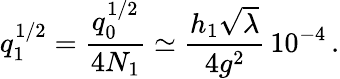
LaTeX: q_{1}^{1/2}={\frac{q_{0}^{1/2}}{4N_{1}}}\simeq{\frac{h_{1}\sqrt\lambda}{4g^{2}}}\, 10^{-4}\, .